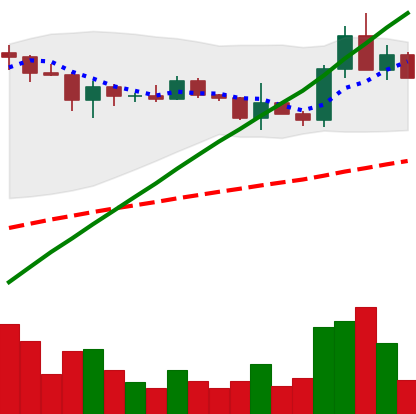
Ticker: ADA-USD
Chart end date: 2021-03-20
Forward return: -8.7%
Label: down_7plus